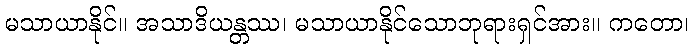
မသာယာနိုင်။ အသာဒိယန္တဿ၊ မသာယာနိုင်သောဘုရားရှင်အား။ ကတော၊